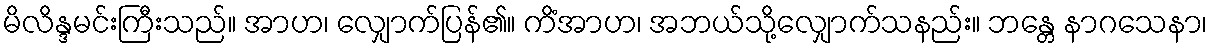
မိလိန္ဒမင်းကြီးသည်။ အာဟ၊ လျှောက်ပြန်၏။ ကိံအာဟ၊ အဘယ်သို့လျှောက်သနည်း။ ဘန္တေ နာဂသေနာ၊